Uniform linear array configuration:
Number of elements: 8
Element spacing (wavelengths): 0.5
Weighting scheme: hann
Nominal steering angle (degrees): -45
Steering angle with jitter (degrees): -46.106
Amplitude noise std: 0.05
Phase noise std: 0.05

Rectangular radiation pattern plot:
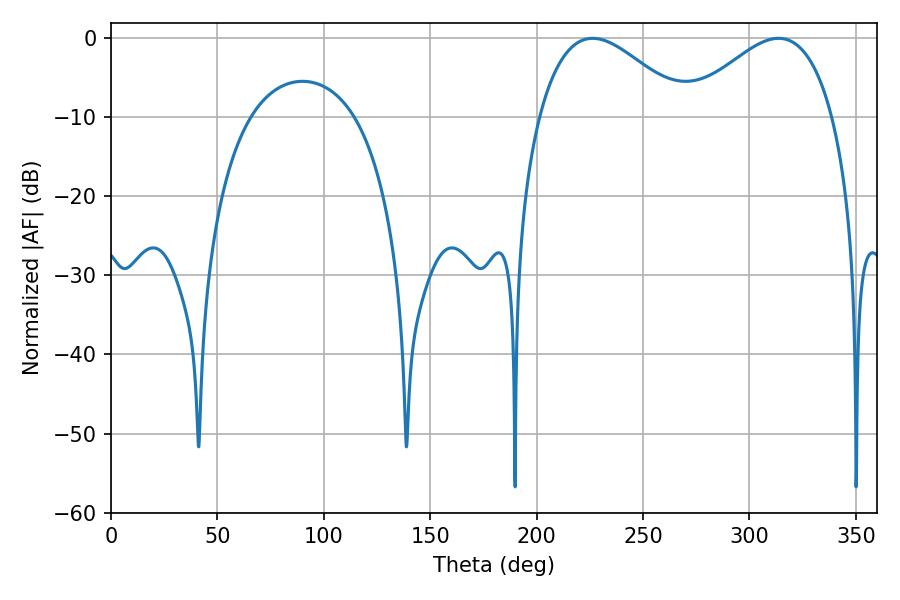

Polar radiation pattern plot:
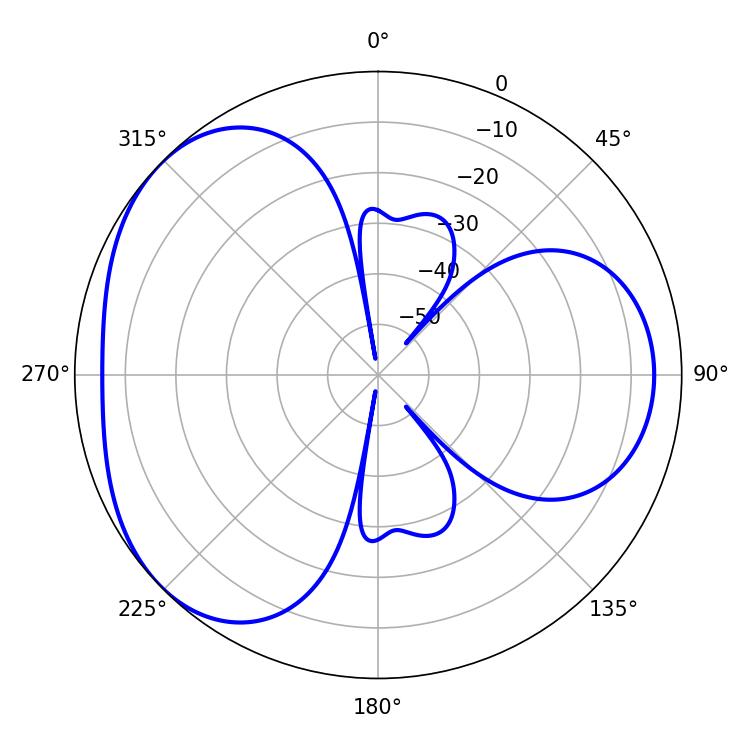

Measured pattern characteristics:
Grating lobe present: FALSE
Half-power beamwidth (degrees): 37.44
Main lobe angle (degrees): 226.26